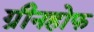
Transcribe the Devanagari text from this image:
ग्रीनहोफ